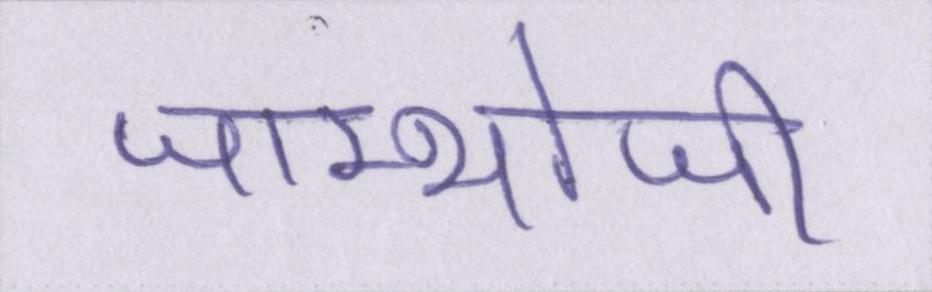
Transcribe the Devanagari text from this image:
जाम्भोजी